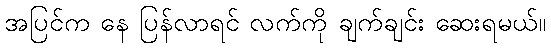
အပြင်က နေ ပြန်လာရင် လက်ကို ချက်ချင်း ဆေးရမယ်။